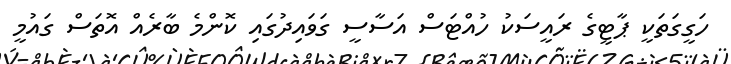
ހަގީގަތަކީ ޕާޓީގެ ރައީސަކު ހުއްޓަސް އަސާސީ ގަވައިދުގައި ކޮންމެ ބާރެއް އޮތަސް ގައުމީ